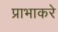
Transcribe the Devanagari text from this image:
प्राभाकरे